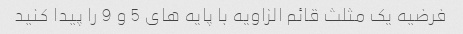
فرضیه یک مثلث قائم الزاویه با پایه های 5 و 9 را پیدا کنید